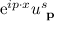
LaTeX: \mathrm { e } ^ { i p \cdot x } u _ { \textbf { p } } ^ { s }